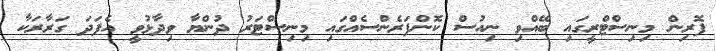
ފޮރިން މިނިސްޓްރީގައި ބޭއްވި ނިއުސް ކޮންފަރެންސެއްގައި މިނިސްޓަރު ދުންޔާ ވިދާޅުވީ އެފަދަ ގަރާރަކާ